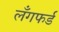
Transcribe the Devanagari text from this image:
लँगफर्ड